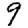
Digit: 9